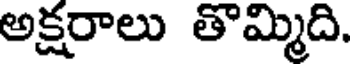
అక్షరాలు తొమ్మిది.